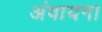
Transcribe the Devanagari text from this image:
अंवायना